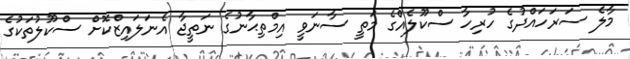
މާލެ ސަރަހައްދުގެ ހުރިހާ ސްކޫލެއްގެ މަތީ ސާނަވީ އިމްތިޙާނުގެ ނަތީޖާ އެނަލައިޒްކޮށް ސްކޫލުތަކުގެ